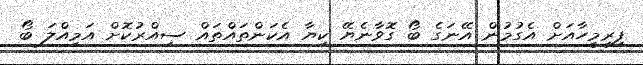
ފިރިމީހާއަށް އެގުމުން އޭނަގެ ބޯ ގޮވާނެޔޭ ކިޔާ އެކަންތައްތައް ސިއްރުކޮށް އަމިއްލަ ބޯ